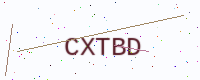
Text: CXTBD